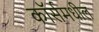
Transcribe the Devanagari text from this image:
कॉर्समधील